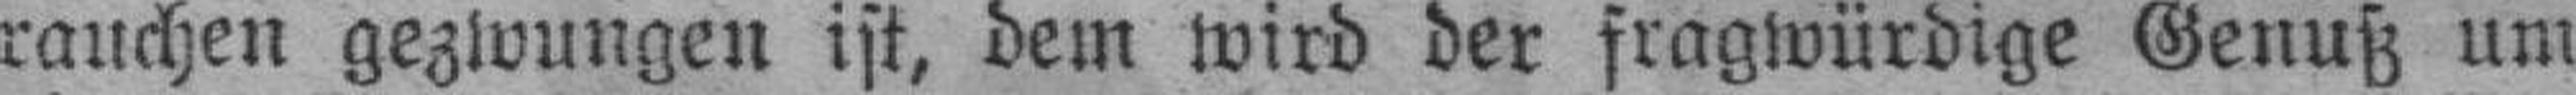
rauchen gezwungen ist, dem wird der fragwürdige Genuß um